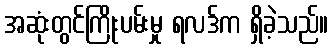
အဆုံးတွင်ကြိုးပမ်းမှု ရလဒ်က ရှိခဲ့သည်။